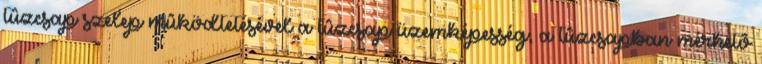
tûzcsap szelep mûködtetésével a tûzcsap üzemképesség; a tûzcsapban mérhetõ